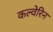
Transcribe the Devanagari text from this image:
कल्वेरिन